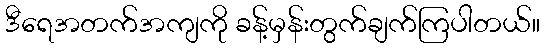
ဒီရေအတက်အကျကို ခန့်မှန်းတွက်ချက်ကြပါတယ်။